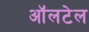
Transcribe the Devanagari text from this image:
ऑलटेल